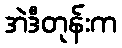
အဲဒီတုန်းက